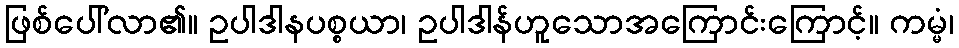
ဖြစ်ပေါ်လာ၏။ ဥပါဒါနပစ္စယာ၊ ဥပါဒါန်ဟူသောအကြောင်းကြောင့်။ ကမ္မံ၊